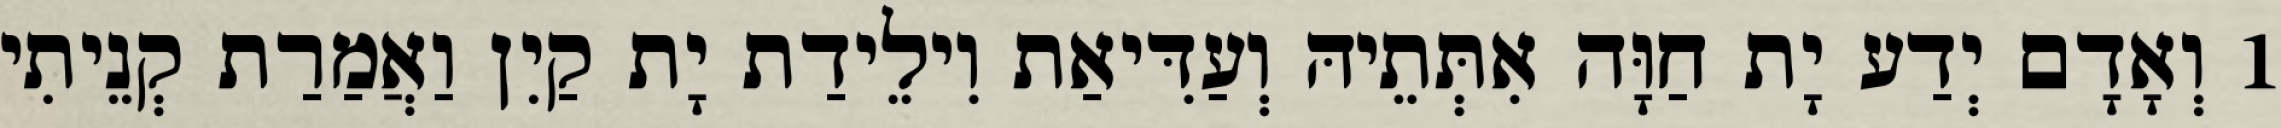
1 וְאָדָם יְדַע יָת חַוָּה אִתְּתֵיהּ וְעַדִּיאַת וִילֵידַת יָת קַיִן וַאֲמַרַת קְנֵיתִי